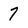
Character: 7